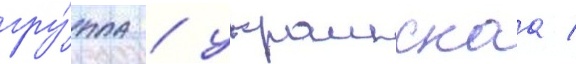
гру́ппа / украинскаа /